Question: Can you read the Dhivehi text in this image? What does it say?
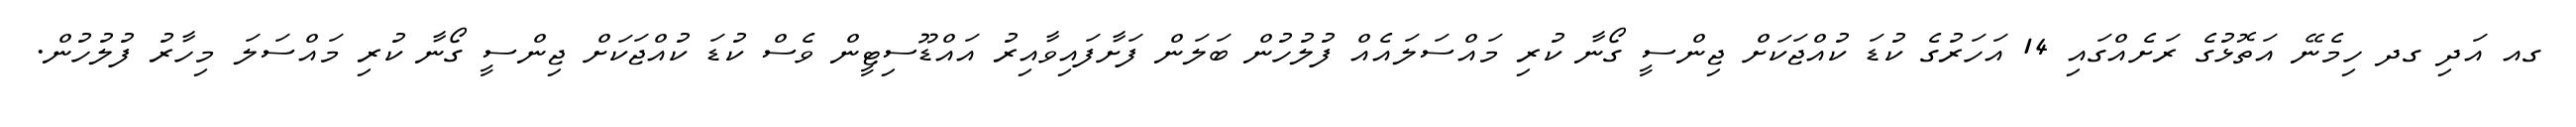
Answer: ގއ އަދި ގދ ހިމެނޭ އަތޮޅުގެ ރަށެއްގައި 14 އަހަރުގެ ކުޑަ ކުއްޖަކަށް ޖިންސީ ގޯނާ ކުރި މައްސަލައެއް ފުލުހުން ބަލަން ފަށާފައިވާއިރު އައްޑޫސިޓީން ވެސް ކުޑަ ކުއްޖަކަށް ޖިންސީ ގޯނާ ކުރި މައްސަލަ މިހާރު ފުލުހުން.